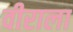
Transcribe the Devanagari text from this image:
वीराला